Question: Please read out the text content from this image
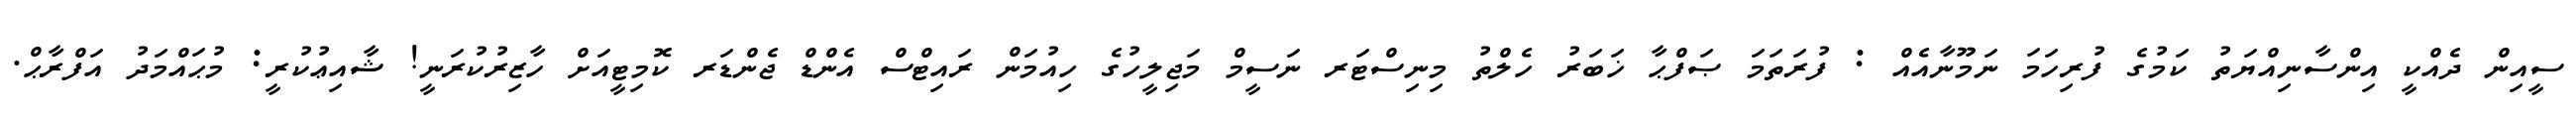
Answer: ސީއިން ދެއްކީ އިންސާނިއްޔަތު ކަމުގެ ފުރިހަމަ ނަމޫނާއެއް : ފުރަތަމަ ޞަފްޙާ ޚަބަރު ހެލްތު މިނިސްޓަރ ނަސީމް މަޖިލީހުގެ ހިއުމަން ރައިޓްސް އެންޑް ޖެންޑަރ ކޮމިޓީއަށް ހާޒިރުކުރަނީ! ޝާއިޢުކުރީ: މުޙައްމަދު އަފްރާޙް.